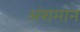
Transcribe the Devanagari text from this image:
अंशमान